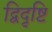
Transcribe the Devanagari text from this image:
द्विदृष्टि